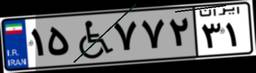
۱۵W۷۷۲۳۱